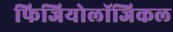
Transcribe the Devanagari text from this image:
फिजियोलॉजिकल